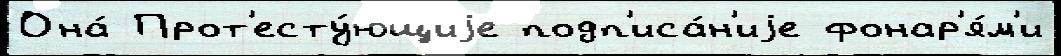
Она́ Прот'есту́ющиjе подп'иса́н'иjе фонар'я́м'и